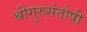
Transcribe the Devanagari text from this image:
श्रीगुरुसंतोषी